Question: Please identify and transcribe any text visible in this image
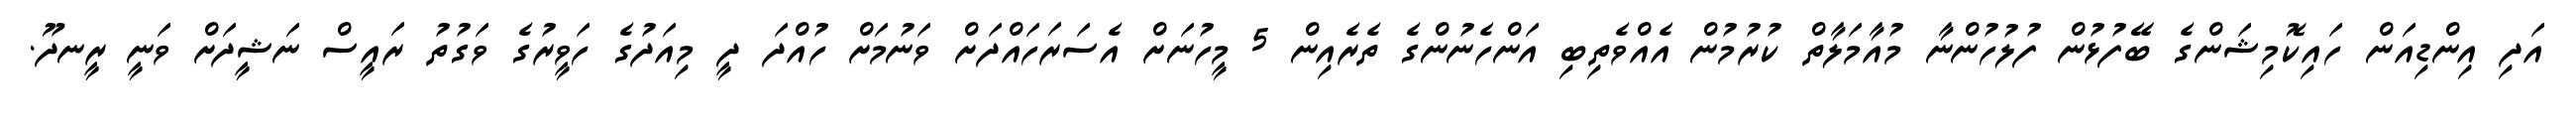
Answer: އަދި އިންޑިއަން ހައިކޮމިޝަންގެ ބޭފުޅުން ފުލުހުންނާ މުއާމަލާތް ކުރުމުން އެއްވެތިބި އަންހެނުންގެ ތެރެއިން 5 މީހުނަށް އެސަރަހައްދަށް ވަނުމަށް ހުއްދަ ދީ މިއަދުގެ ހަވީރުގެ ވަގުތު ރައީސް ނަޝީދަށް ވަނީ ރީނދޫ.